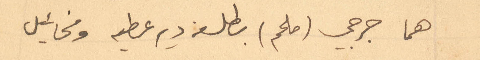
هما جرجي (ملحم) بطل من دير عطيه ومخائيل